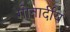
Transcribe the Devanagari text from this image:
गोनार्दीय